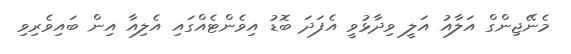
މެނޭޖިންގް އަލާއު އަލީ ވިދާޅުވީ އެފަދަ ބޮޑު އިވެންޓެއްގައި އެލިއާ އިން ބައިވެރިވި